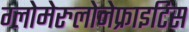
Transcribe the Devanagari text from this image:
ग्लोमेरुलोनेफ्राइटिस